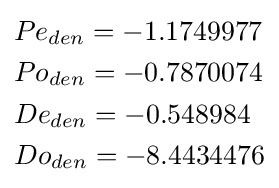
{\begin{aligned}&Pe_{den}=-1.1749977\\&Po_{den}=-0.7870074\\&De_{den}=-0.548984\\&Do_{den}=-8.4434476\end{aligned}}